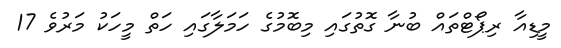
މީޑިއާ ރިޕޯޓްތައް ބުނާ ގޮތުގައި މިބޮމުގެ ހަމަލާގައި ހަތް މީހަކު މަރުވެ 17